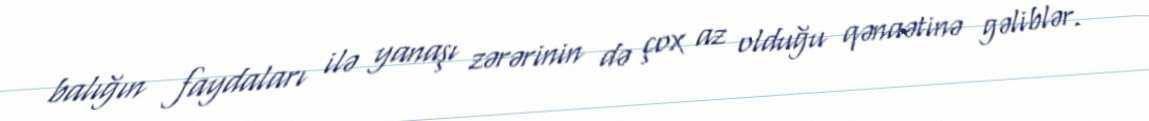
balığın faydaları ilə yanaşı zərərinin də çox az olduğu qənaətinə gəliblər.